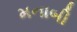
મનાબી